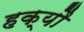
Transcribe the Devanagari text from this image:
हक्यौ